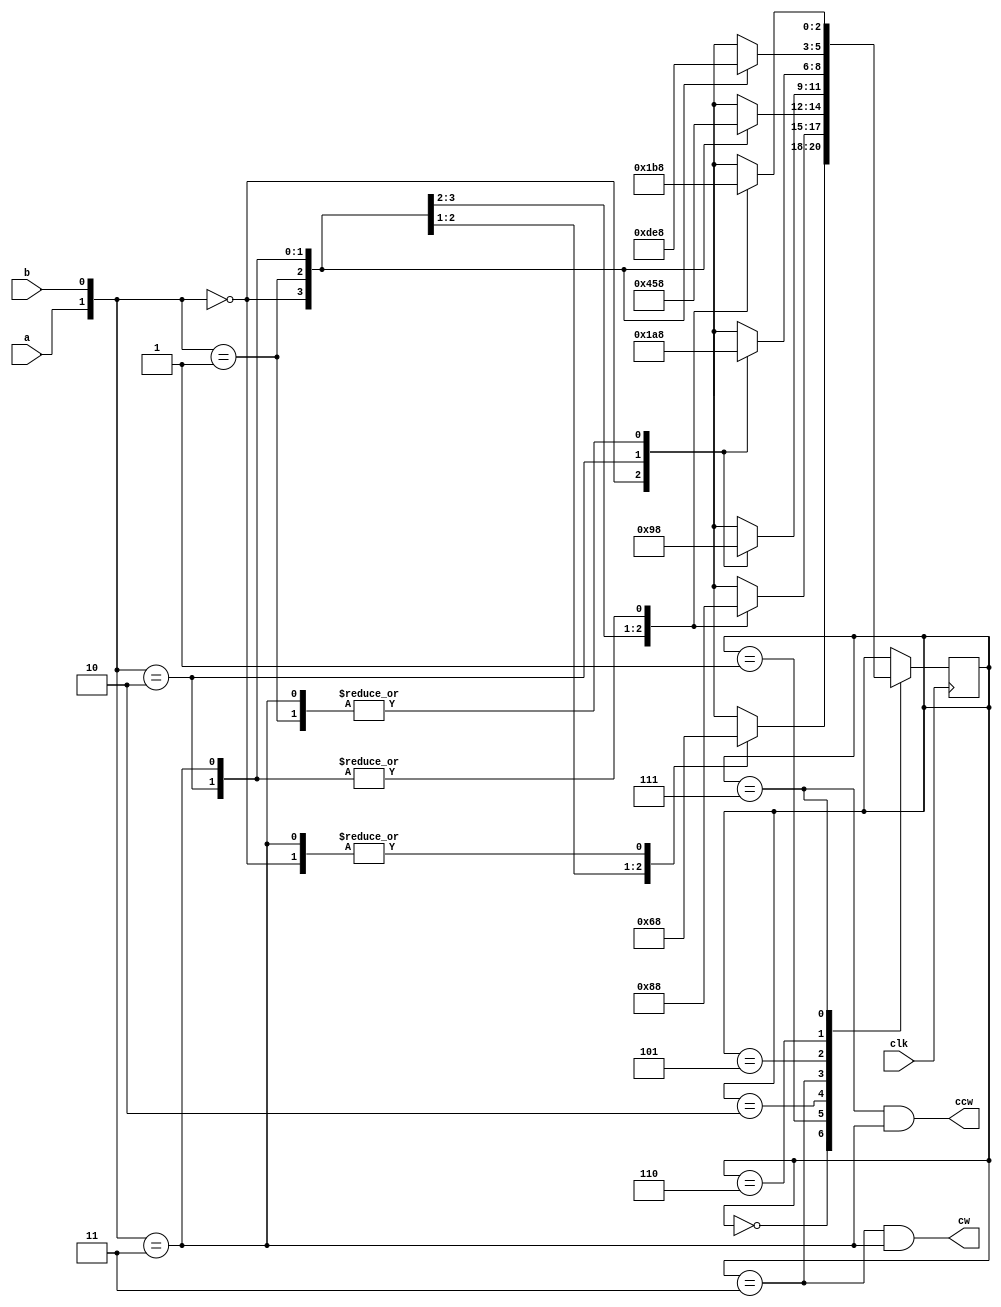
module decoder(
	input clk,
	input a,
	input b,
	output cw,
	output ccw
);

	localparam STATE_INIT  = 3'b000;
	localparam STATE_CW_A  = 3'b001;
	localparam STATE_CW_B  = 3'b010;
	localparam STATE_CW_C  = 3'b011;
	localparam STATE_CCW_A = 3'b101;
	localparam STATE_CCW_B = 3'b110;
	localparam STATE_CCW_C = 3'b111;

	reg [2:0] state;
	initial state = STATE_INIT;

	assign cw =
		(state == STATE_CW_C) &&
		({ a, b } == 2'b11);
	assign ccw =
		(state == STATE_CCW_C) &&
		({ a, b } == 2'b11);

	always @(posedge clk)
	begin
		case (state)

			STATE_INIT:
			begin
				case ({ a, b })
					2'b00: state <= STATE_INIT; /* invalid */
					2'b01: state <= STATE_CW_A;
					2'b10: state <= STATE_CCW_A;
					2'b11: state <= STATE_INIT;
				endcase
			end

			STATE_CW_A:
			begin
				case ({ a, b })
					2'b00: state <= STATE_CW_B;
					2'b01: state <= STATE_CW_A;
					2'b10: state <= STATE_INIT; /* invalid */
					2'b11: state <= STATE_INIT;
				endcase
			end

			STATE_CW_B:
			begin
				case ({ a, b })
					2'b00: state <= STATE_CW_B;
					2'b01: state <= STATE_CW_A;
					2'b10: state <= STATE_CW_C;
					2'b11: state <= STATE_INIT; /* invalid */
				endcase
			end

			STATE_CW_C:
			begin
				case ({ a, b })
					2'b00: state <= STATE_CW_B;
					2'b01: state <= STATE_INIT; /* invalid */
					2'b10: state <= STATE_CW_C;
					2'b11: state <= STATE_INIT;
				endcase
			end

			STATE_CCW_A:
			begin
				case ({ a, b })
					2'b00: state <= STATE_CCW_B;
					2'b01: state <= STATE_INIT; /* invalid */
					2'b10: state <= STATE_CCW_A;
					2'b11: state <= STATE_INIT;
				endcase
			end

			STATE_CCW_B:
			begin
				case ({ a, b })
					2'b00: state <= STATE_CCW_B;
					2'b01: state <= STATE_CCW_C;
					2'b10: state <= STATE_CCW_A;
					2'b11: state <= STATE_INIT; /* invalid */
				endcase
			end

			STATE_CCW_C:
			begin
				case ({ a, b })
					2'b00: state <= STATE_CCW_B;
					2'b01: state <= STATE_CCW_C;
					2'b10: state <= STATE_INIT; /* invalid */
					2'b11: state <= STATE_INIT;
				endcase
			end

			default: /* not reachable */ ;

		endcase
	end

endmodule